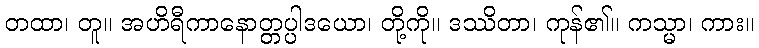
တထာ၊ တူ။ အဟိရီကာနောတ္တပ္ပါဒယော၊ တို့ကို။ ဒဿိတာ၊ ကုန်၏။ ကသ္မာ၊ ကား။